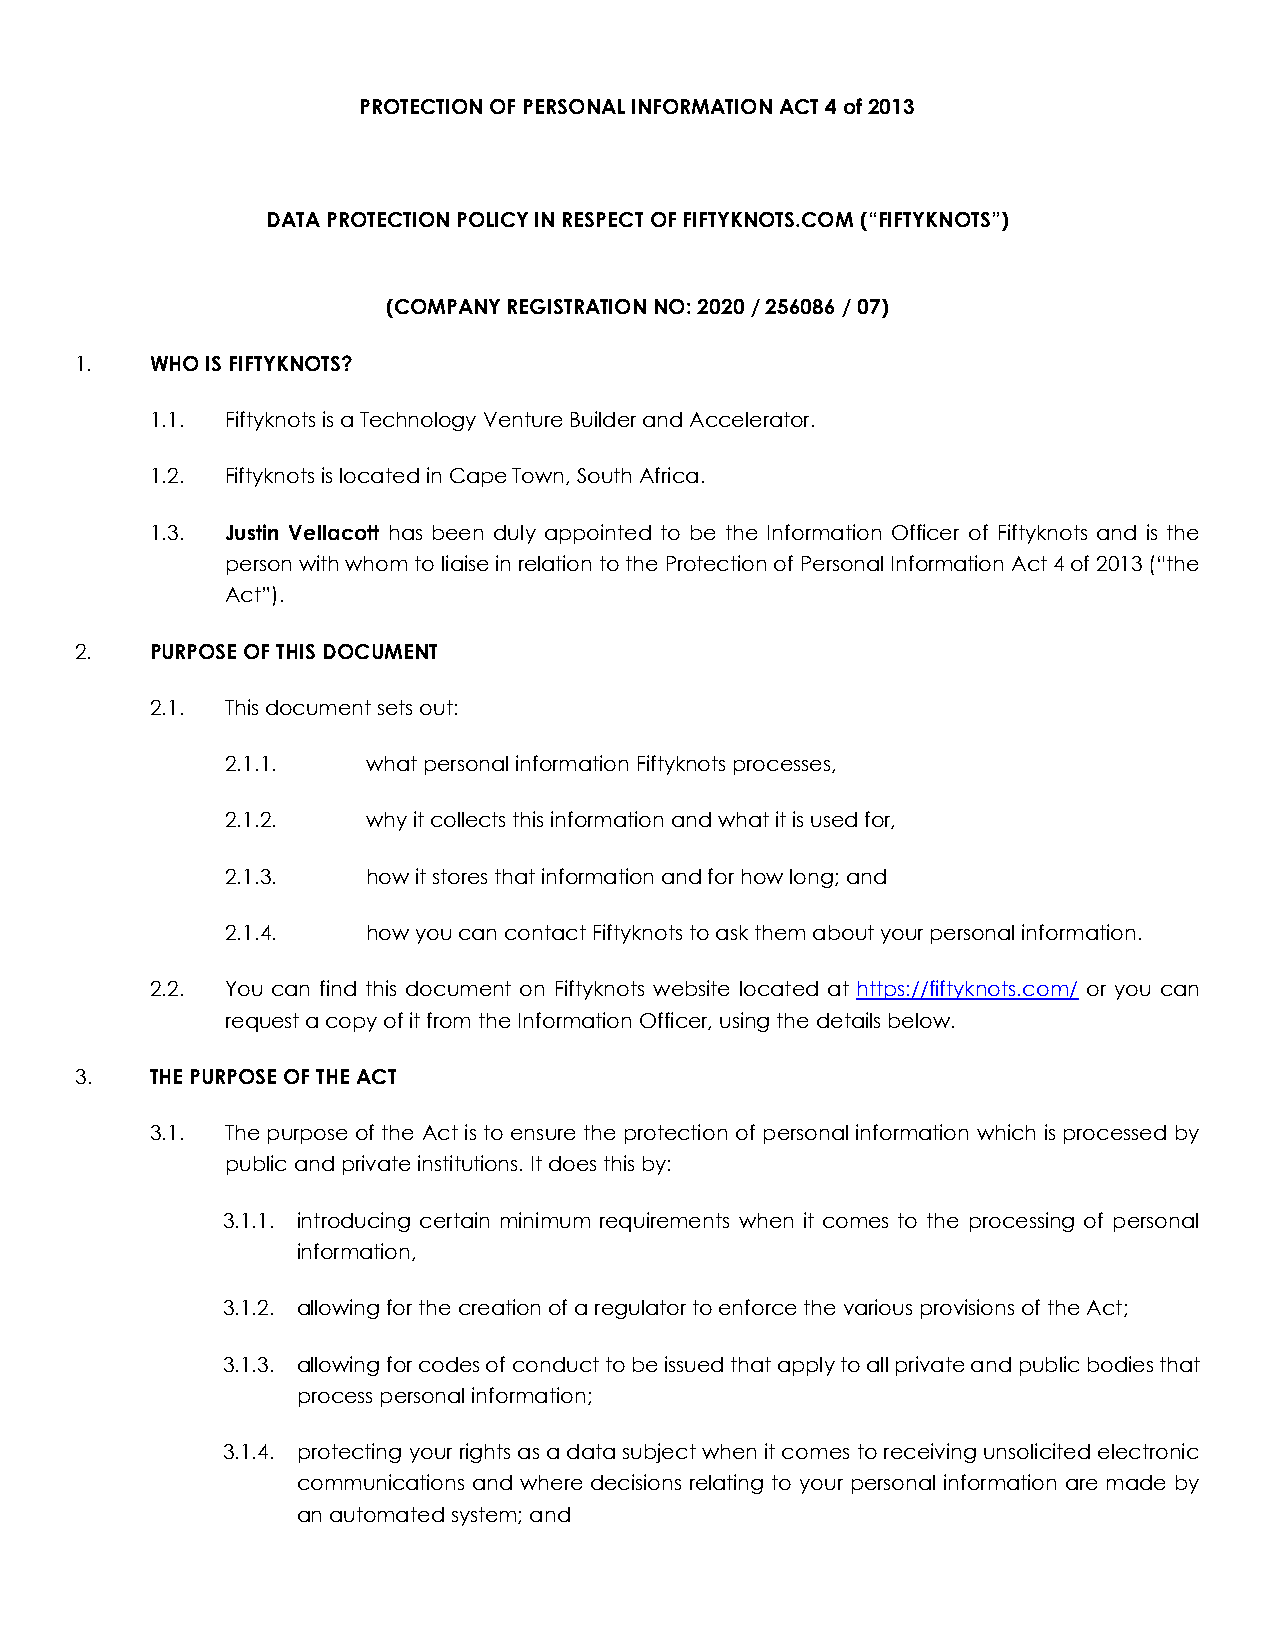
PROTECTION OF PERSONAL INFORMATION ACT 4 of 2013
 DATA PROTECTION POLICY IN RESPECT OF FIFTYKNOTS.COM (“FIFTYKNOTS”)
 (COMPANY REGISTRATION NO: 2020 / 256086 / 07)
 1.   WHO IS FIFTYKNOTS?
 1.1. Fiftyknots is a Technology Venture Builder and Accelerator.
 1.2. Fiftyknots is located in Cape Town, South Africa.
 1.3. Justin Vellacott has been duly appointed to be the Information Officer of Fiftyknots and is the
 person with whom to liaise in relation to the Protection of Personal Information Act 4 of 2013 (“the
 Act”).
 2.   PURPOSE OF THIS DOCUMENT
 2.1. This document sets out:
 2.1.1.   what personal information Fiftyknots processes,
 2.1.2.   why it collects this information and what it is used for,
 2.1.3.   how it stores that information and for how long; and
 2.1.4.   how you can contact Fiftyknots to ask them about your personal information.
 2.2. You can find this document on Fiftyknots website located at https://fiftyknots.com/ or you can
 request a copy of it from the Information Officer, using the details below.
 3.   THE PURPOSE OF THE ACT
 3.1. The purpose of the Act is to ensure the protection of personal information which is processed by
 public and private institutions. It does this by:
 3.1.1. introducing certain minimum requirements when it comes to the processing of personal
 information,
 3.1.2. allowing for the creation of a regulator to enforce the various provisions of the Act;
 3.1.3. allowing for codes of conduct to be issued that apply to all private and public bodies that
 process personal information;
 3.1.4. protecting your rights as a data subject when it comes to receiving unsolicited electronic
 communications and where decisions relating to your personal information are made by
 an automated system; and